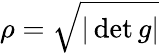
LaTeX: \rho={\sqrt{|\det g|}}